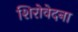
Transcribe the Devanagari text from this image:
शिरोवेदना